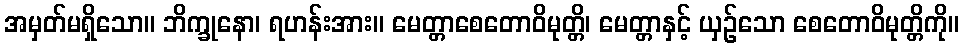
အမှတ်မရှိသော။ ဘိက္ခုနော၊ ရဟန်းအား။ မေတ္တာစေတောဝိမုတ္တိ၊ မေတ္တာနှင့် ယှဉ်သော စေတောဝိမုတ္တိကို။